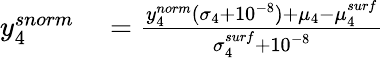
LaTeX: \begin{array}{rl}{y_{4}^{snorm}}&{{}=\frac{y_{4}^{norm}(\sigma_{4}+10^{-8})+\mu_{4}-\mu_{4}^{surf}}{\sigma_{4}^{surf}+10^{-8}}}\end{array}